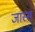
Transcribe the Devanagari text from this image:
जास्स